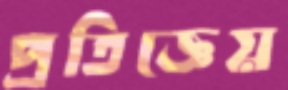
প্রতিজ্ঞেয়